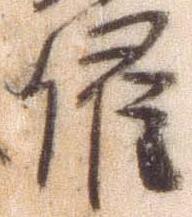
催